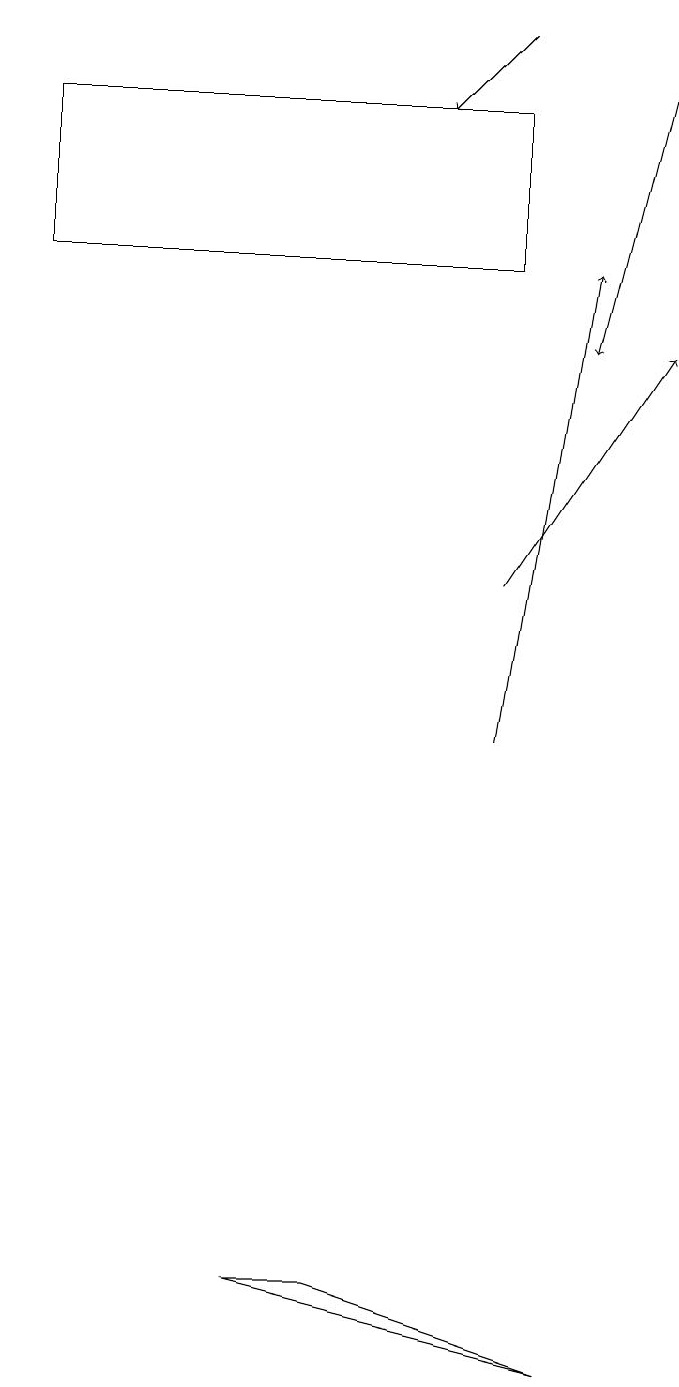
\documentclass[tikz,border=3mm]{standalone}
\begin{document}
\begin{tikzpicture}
\draw[->] (6,10) -- (7,16);
\draw (4,3) -- (3,3) -- (7,2) -- cycle;
\draw (6,18) rectangle (0,16);
\draw[->] (6,19) -- (5,18);
\draw[->] (8,19) -- (7,15);
\draw[->] (6,12) -- (8,15);
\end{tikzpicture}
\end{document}